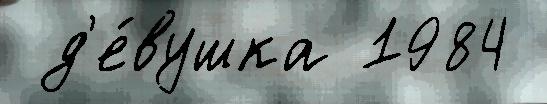
 д'е́вушка 1984